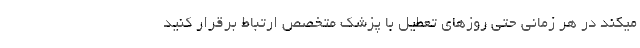
میکند در هر زمانی حتی روزهای تعطیل با پزشک متخصص ارتباط برقرار کنید